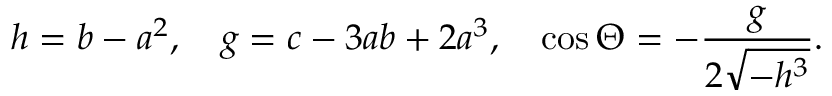
h = b - a ^ { 2 } , \quad g = c - 3 a b + 2 a ^ { 3 } , \quad \cos \Theta = - \frac { g } { 2 \sqrt { - h ^ { 3 } } } .